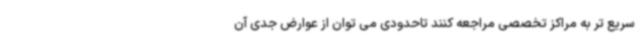
سریع تر به مراکز تخصصی مراجعه کنند تاحدودی می توان از عوارض جدی آن